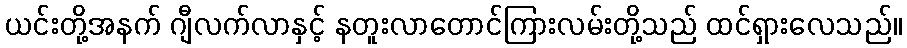
ယင်းတို့အနက် ဂျီလက်လာနှင့် နတူးလာတောင်ကြားလမ်းတို့သည် ထင်ရှားလေသည်။